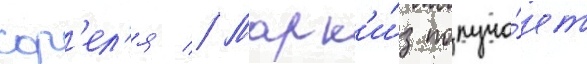
сор'ел'я // Марк'и́з получа́ет